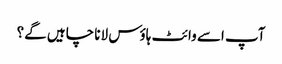
آپ اسے وائٹ ہاؤس لانا چاہیں گے؟